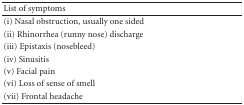
| List of symptoms |
 | --- |
 | (i) Nasal obstruction, usually one sided |
 | (ii) Rhinorrhea (runny nose) discharge |
 | (iii) Epistaxis (nosebleed) |
 | (iv) Sinusitis |
 | (v) Facial pain |
 | (vi) Loss of sense of smell |
 | (vii) Frontal headache |